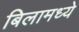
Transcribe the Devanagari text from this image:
बिलामध्ये